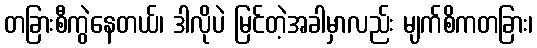
တခြားစီကွဲနေတယ်၊ ဒါလိုပဲ မြင်တဲ့အခါမှာလည်း မျက်စိကတခြား၊